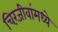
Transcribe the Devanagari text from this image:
चिरंजीवांमध्ये